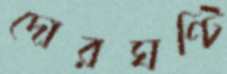
দোরঘণ্টি